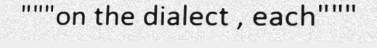
"""on the dialect , each"""